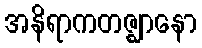
အနိရာကတဇ္ဈာနော